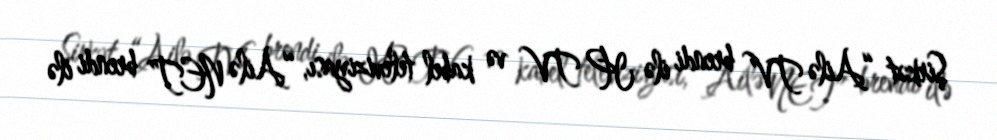
Şirkət “Ailə TV” brendi ilə IP TV və kabel televiziyası, “Ailə NET” brendi ilə